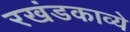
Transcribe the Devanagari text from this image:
रखंडकाव्ये